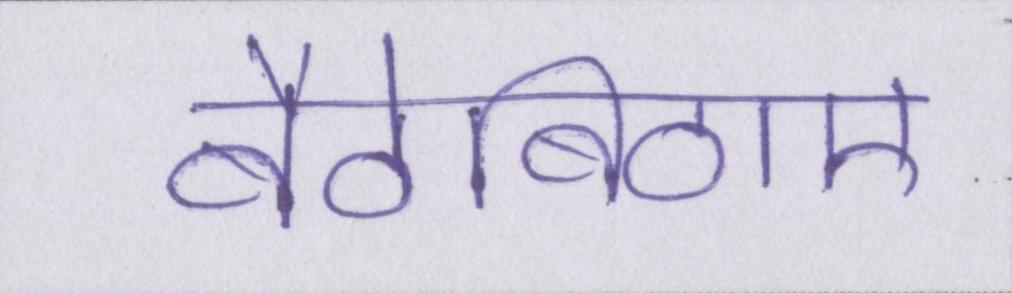
बैठेबिठाए